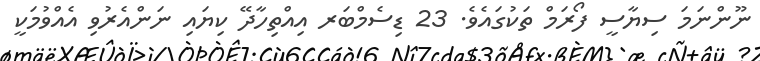
ނޫންނަމަ ސިޔާސީ ފޯރަމް ތަކުގައެވެ. 23 ޑިސެމްބަރ އިއްތިހާދޭ ކިޔައި ނަންއެރުވި އެއްވުމަކީ